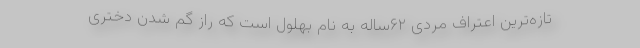
تازه‌ترین اعتراف مردی ۶۲ساله به نام بهلول است که راز گم شدن دختری